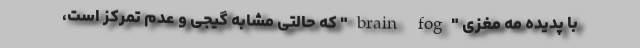
با پدیده مه مغزی "brain fog" که حالتی مشابه گیجی و عدم تمرکز است،